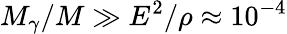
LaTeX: M_{\gamma}/M\gg E^{2}/\rho\approx 10^{-4}